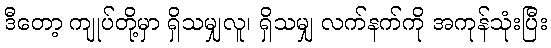
ဒီတော့ ကျုပ်တို့မှာ ရှိသမျှလူ၊ ရှိသမျှ လက်နက်ကို အကုန်သုံးပြီး